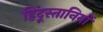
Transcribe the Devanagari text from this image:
हिंदूस्तानियों